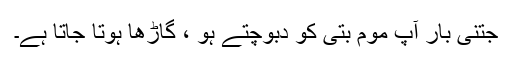
جتنی بار آپ موم بتی کو دبوچتے ہو ، گاڑھا ہوتا جاتا ہے۔